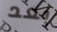
بعد